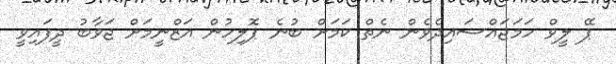
ޕޭ ލީވް ހަމަޖައްސައިދެވެން ނެތް ކަމަށް ބުނެ ޕޮލިހުން އަޒްނީމަށް ޖަވާބު ދީފައިވީ